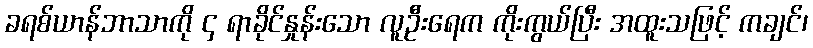
ခရစ်ယာန်ဘာသာကို ၄ ရာခိုင်နှုန်းသော လူဦးရေက ကိုးကွယ်ပြီး အထူးသဖြင့် ကချင်၊